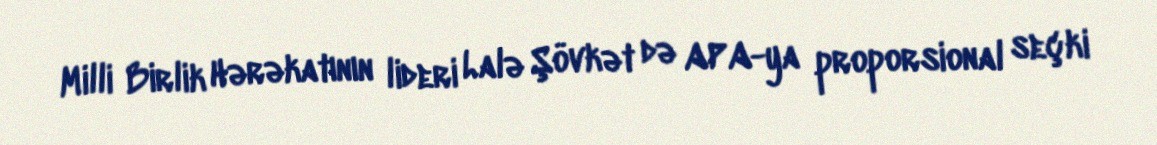
Milli Birlik Hərəkatının lideri Lalə Şövkət də APA-ya proporsional seçki